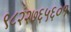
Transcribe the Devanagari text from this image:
९८२२७६५६०१